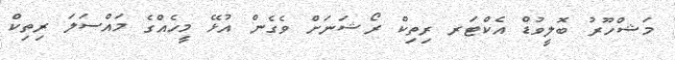
މަޝްހޫރު ބޮލީވުޑް އެކްޓަރ ރިތިކް ރޯޝަނަށް ވެގެން އުޅޭ މީހެއްގެ މައްސަލަ ރިތިކް